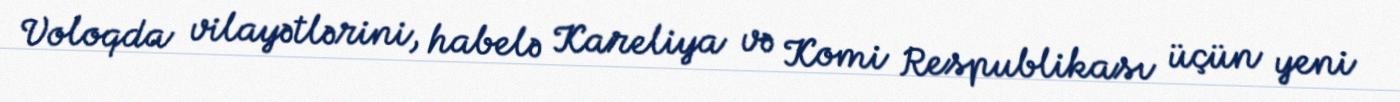
Voloqda vilayətlərini, habelə Kareliya və Komi Respublikası üçün yeni